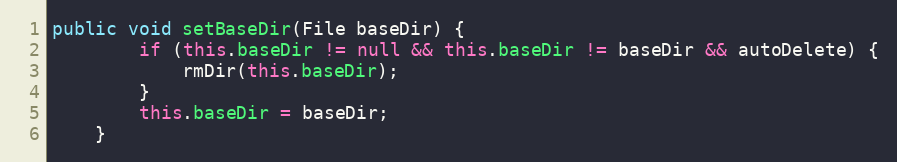
Language: Java
public void setBaseDir(File baseDir) {
        if (this.baseDir != null && this.baseDir != baseDir && autoDelete) {
            rmDir(this.baseDir);
        }
        this.baseDir = baseDir;
    }